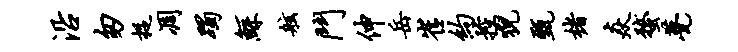
沿匆捉凋躅鲧舷斗伸岳崔约控猊甄楮焱蝥甍